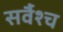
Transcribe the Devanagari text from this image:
सर्वैश्‍च